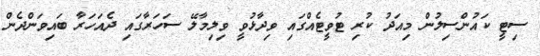
ސިޓީ ކައުންސިލުން މިއަދު ކުރި ޓުވީޓެއްގައި ވިދާޅުވީ ވިލިމާލޭ ސަހަރާގައި ދެއަހަރާ ބައިވަންދެން